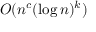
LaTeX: O ( n ^ { c } ( \log n ) ^ { k } )